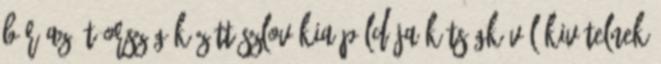
Bár az öt ország között Szlovákia példája kétségkívül kivételnek